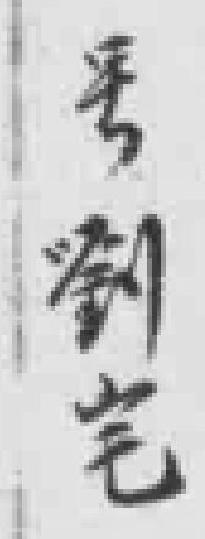
号劉宅